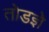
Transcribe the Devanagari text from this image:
तोडज्ञे